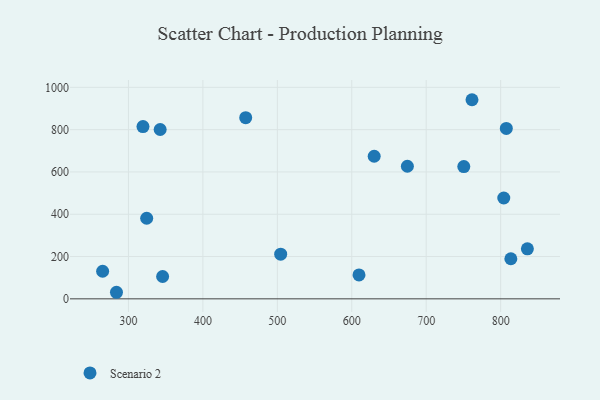
{"axis": {"x": "Study Hours", "y": "Fuel Efficiency"}, "legend": ["Scenario 2"], "data": [{"x": "804.2", "y": 476.7, "type": "Scenario 2"}, {"x": "457.5", "y": 856.8, "type": "Scenario 2"}, {"x": "609.7", "y": 113.1, "type": "Scenario 2"}, {"x": "813.7", "y": 189.5, "type": "Scenario 2"}, {"x": "345.9", "y": 105.7, "type": "Scenario 2"}, {"x": "835.9", "y": 236.4, "type": "Scenario 2"}, {"x": "283.9", "y": 31.0, "type": "Scenario 2"}, {"x": "761.5", "y": 941.5, "type": "Scenario 2"}, {"x": "750.5", "y": 625.3, "type": "Scenario 2"}, {"x": "265.3", "y": 130.4, "type": "Scenario 2"}, {"x": "324.5", "y": 381.0, "type": "Scenario 2"}, {"x": "319.5", "y": 814.7, "type": "Scenario 2"}, {"x": "630.1", "y": 674.2, "type": "Scenario 2"}, {"x": "342.6", "y": 800.6, "type": "Scenario 2"}, {"x": "674.7", "y": 627.0, "type": "Scenario 2"}, {"x": "504.5", "y": 211.1, "type": "Scenario 2"}, {"x": "807.6", "y": 805.8, "type": "Scenario 2"}]}